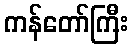
ကန်တော်ကြီး